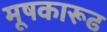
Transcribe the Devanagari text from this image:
मूषकारूढ